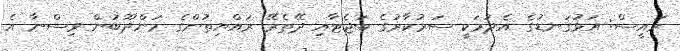
ރައީސް: އަޅުގަނޑުގެ އެދުމަކީ ސަރުކާރުގެ ބަޖެޓާއި ދޭތެރޭ ރައްޔިތުންގެ މަންދޫބުން ވިސްނާ އެ